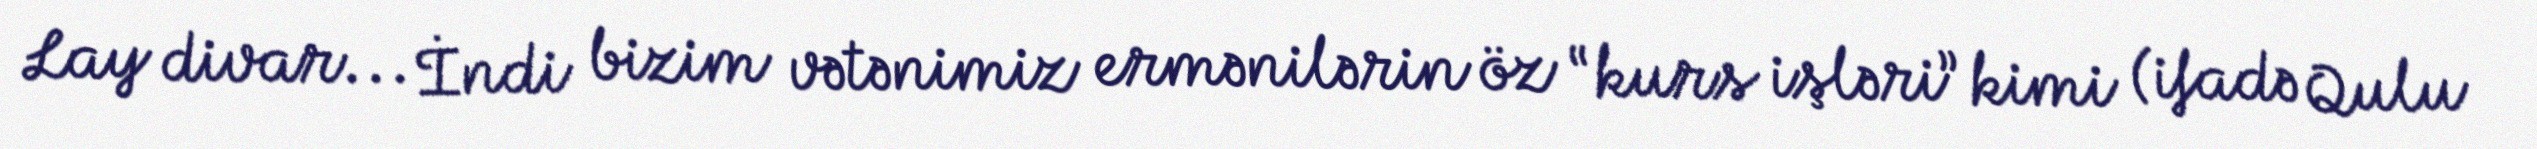
Lay divar... İndi bizim vətənimiz ermənilərin öz “kurs işləri” kimi (ifadə Qulu